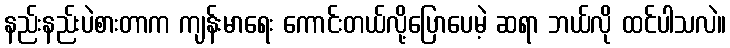
နည်းနည်းပဲစားတာက ကျန်းမာရေး ကောင်းတယ်လို့ပြောပေမဲ့ ဆရာ ဘယ်လို ထင်ပါသလဲ။